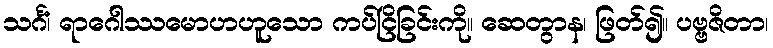
သင်္ဂံ၊ ရာဂေါဿမောဟဟူသော ကပ်ငြိခြင်းကို။ ဆေတွာန၊ ဖြတ်၍။ ပဗ္ဗဇိတာ၊